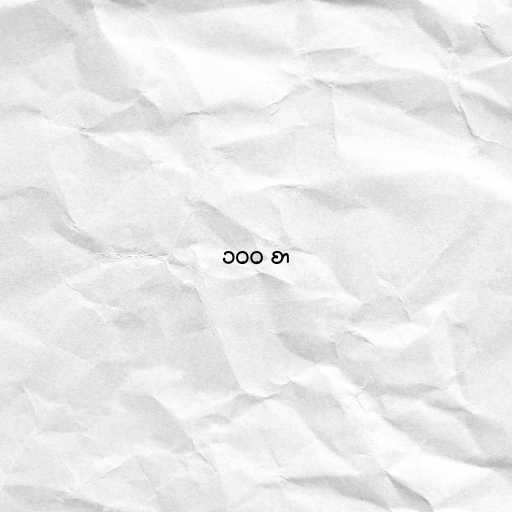
၁၀၀ စာ